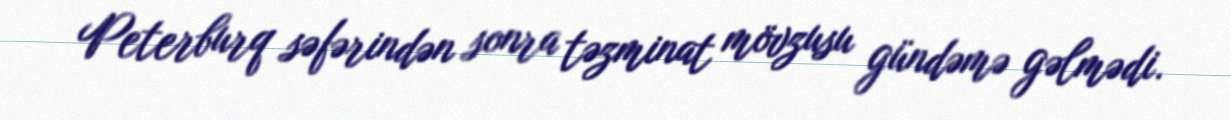
Peterburq səfərindən sonra təzminat mövzusu gündəmə gəlmədi.